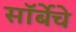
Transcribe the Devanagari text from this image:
सॉर्बेचे